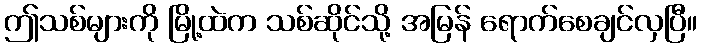
ဤသစ်များကို မြို့ထဲက သစ်ဆိုင်သို့ အမြန် ရောက်စေချင်လှပြီ။